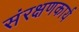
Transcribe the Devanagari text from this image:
संरक्षणकार्य